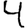
Digit: 4